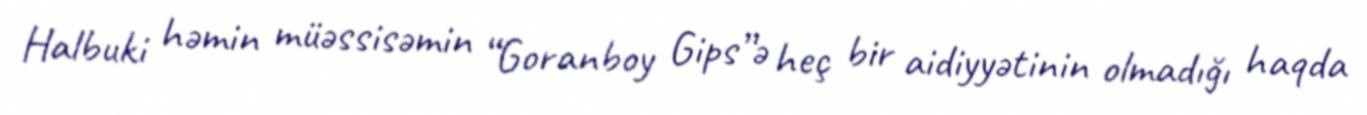
Halbuki həmin müəssisəmin “Goranboy Gips”ə heç bir aidiyyətinin olmadığı haqda